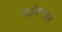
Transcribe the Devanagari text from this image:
बाईज़ण्टाइन